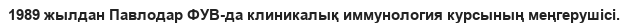
1989 жылдан Павлодар ФУВ-да клиникалық иммунология курсының меңгерушісі.